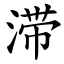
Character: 滞